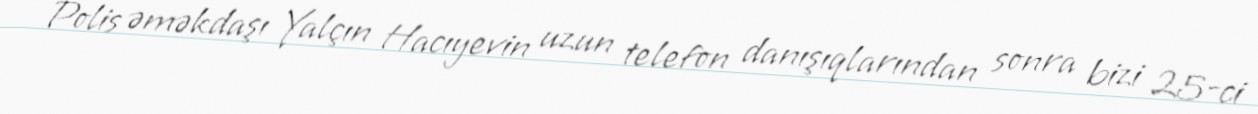
Polis əməkdaşı Yalçın Hacıyevin uzun telefon danışıqlarından sonra bizi 25-ci